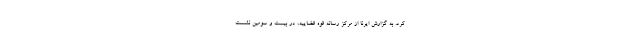
کرد. به گزارش ایرنا از مرکز رسانه قوه قضاییه، در بیست و سومین نشست